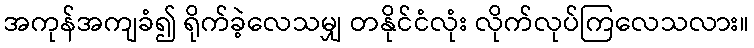
အကုန်အကျခံ၍ ရိုက်ခဲ့လေသမျှ တနိုင်ငံလုံး လိုက်လုပ်ကြလေသလား။